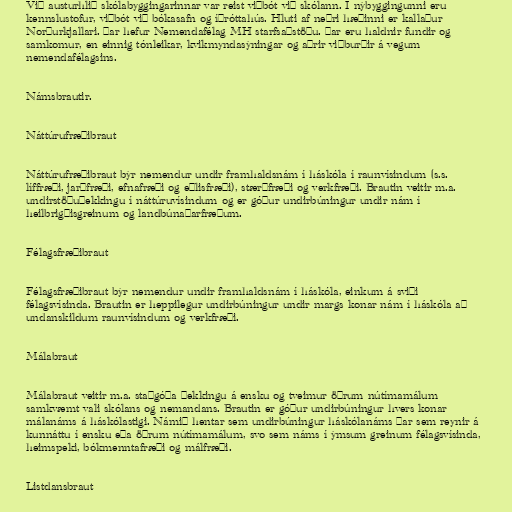
Við austurhlið skólabyggingarinnar var reist viðbót við skólann. Í nýbyggingunni eru
kennslustofur, viðbót við bókasafn og íþróttahús. Hluti af neðri hæðinni er kallaður
Norðurkjallari. Þar hefur Nemendafélag MH starfsaðstöðu. Þar eru haldnir fundir og
samkomur, en einnig tónleikar, kvikmyndasýningar og aðrir viðburðir á vegum
nemendafélagsins.

Námsbrautir.

Náttúrufræðibraut

Náttúrufræðibraut býr nemendur undir framhaldsnám í háskóla í raunvísindum (s.s.
líffræði, jarðfræði, efnafræði og eðlisfræði), stærðfræði og verkfræði. Brautin veitir m.a.
undirstöðuþekkingu í náttúruvísindum og er góður undirbúningur undir nám í
heilbrigðisgreinum og landbúnaðarfræðum.

Félagsfræðibraut

Félagsfræðibraut býr nemendur undir framhaldsnám í háskóla, einkum á sviði
félagsvísinda. Brautin er heppilegur undirbúningur undir margs konar nám í háskóla að
undanskildum raunvísindum og verkfræði.

Málabraut

Málabraut veitir m.a. staðgóða þekkingu á ensku og tveimur öðrum nútímamálum
samkvæmt vali skólans og nemandans. Brautin er góður undirbúningur hvers konar
málanáms á háskólastigi. Námið hentar sem undirbúningur háskólanáms þar sem reynir á
kunnáttu í ensku eða öðrum nútímamálum, svo sem náms í ýmsum greinum félagsvísinda,
heimspeki, bókmenntafræði og málfræði.

Listdansbraut